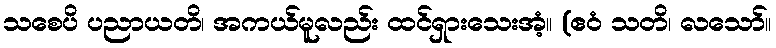
သစေပိ ပညာယတိ၊ အကယ်မူလည်း ထင်ရှားသေးအံ့။ (ဧဝံ သတိ၊ လသော်။